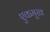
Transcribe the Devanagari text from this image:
एकमुख